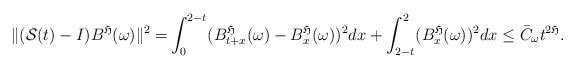
LaTeX: \begin{align*} \|(\mathcal S(t)-I)B^{\mathfrak H}(\omega)\|^2= & \int_0^{2-t}(B_{t+x}^{\mathfrak H}(\omega)-B_x^{\mathfrak H}(\omega))^2dx+\int_{2-t}^2(B_x^{\mathfrak H}(\omega))^2dx\leq \bar C_{\omega} t^{2\mathfrak H}. \end{align*}